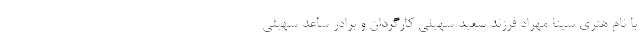
با نام هنری سینا مهراد فرزند سعید سهیلی کارگردان و برادر ساعد سهیلی